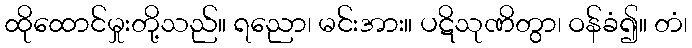
ထိုထောင်မှုးတို့သည်။ ရညော၊ မင်းအား။ ပဋိသုဏိတွာ၊ ဝန်ခံ၍။ တံ၊